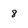
Character: 8